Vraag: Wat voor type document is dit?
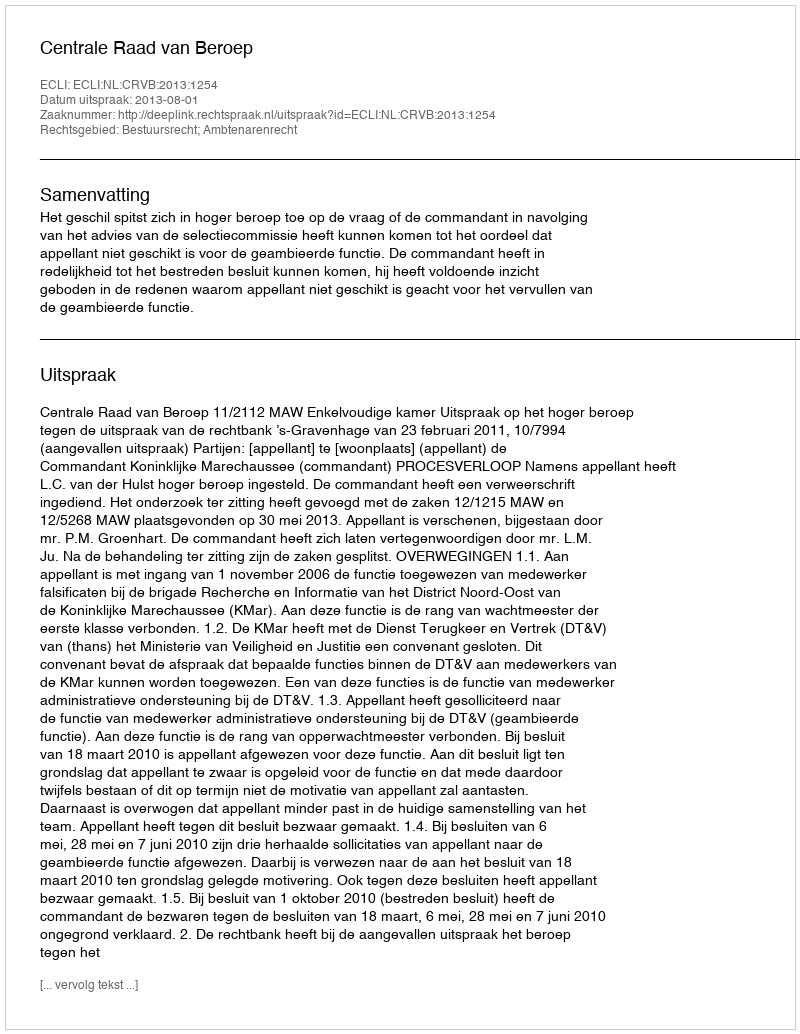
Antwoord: Uitspraak